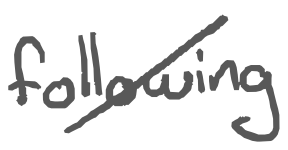
Text: following
Cross-out: diagonal
Writing tool: digital_gray